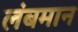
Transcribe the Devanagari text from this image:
लंबमान